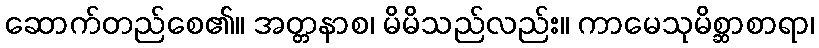
ဆောက်တည်စေ၏။ အတ္တနာစ၊ မိမိသည်လည်း။ ကာမေသုမိစ္ဆာစာရာ၊